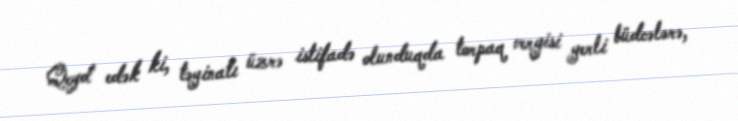
Qeyd edək ki, təyinatı üzrə istifadə olunduqda torpaq vergisi yerli büdcələrə,